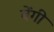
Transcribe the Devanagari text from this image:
बेंगी